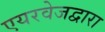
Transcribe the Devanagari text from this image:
एयरवेजद्वारा